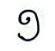
១